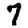
Digit: 7